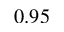
0 . 9 5